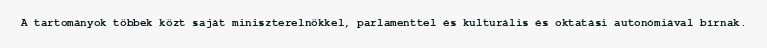
A tartományok többek közt saját miniszterelnökkel, parlamenttel és kulturális és oktatási autonómiával bírnak.